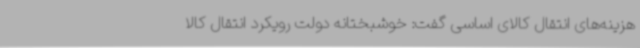
هزینه‌های انتقال کالای اساسی گفت: خوشبختانه دولت رویکرد انتقال کالا